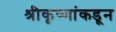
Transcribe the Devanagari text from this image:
श्रीकृष्णांकडून